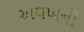
અલખનો